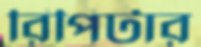
রিপিটার